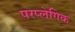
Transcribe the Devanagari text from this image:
परप्लेगिक